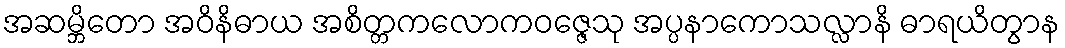
အဆမ္ဘိတော အဝိနိဓာယ အစိတ္တကလောကဝဇ္ဇေသု အပ္ပနာကောသလ္လာနိ ဓာရယိတွာန